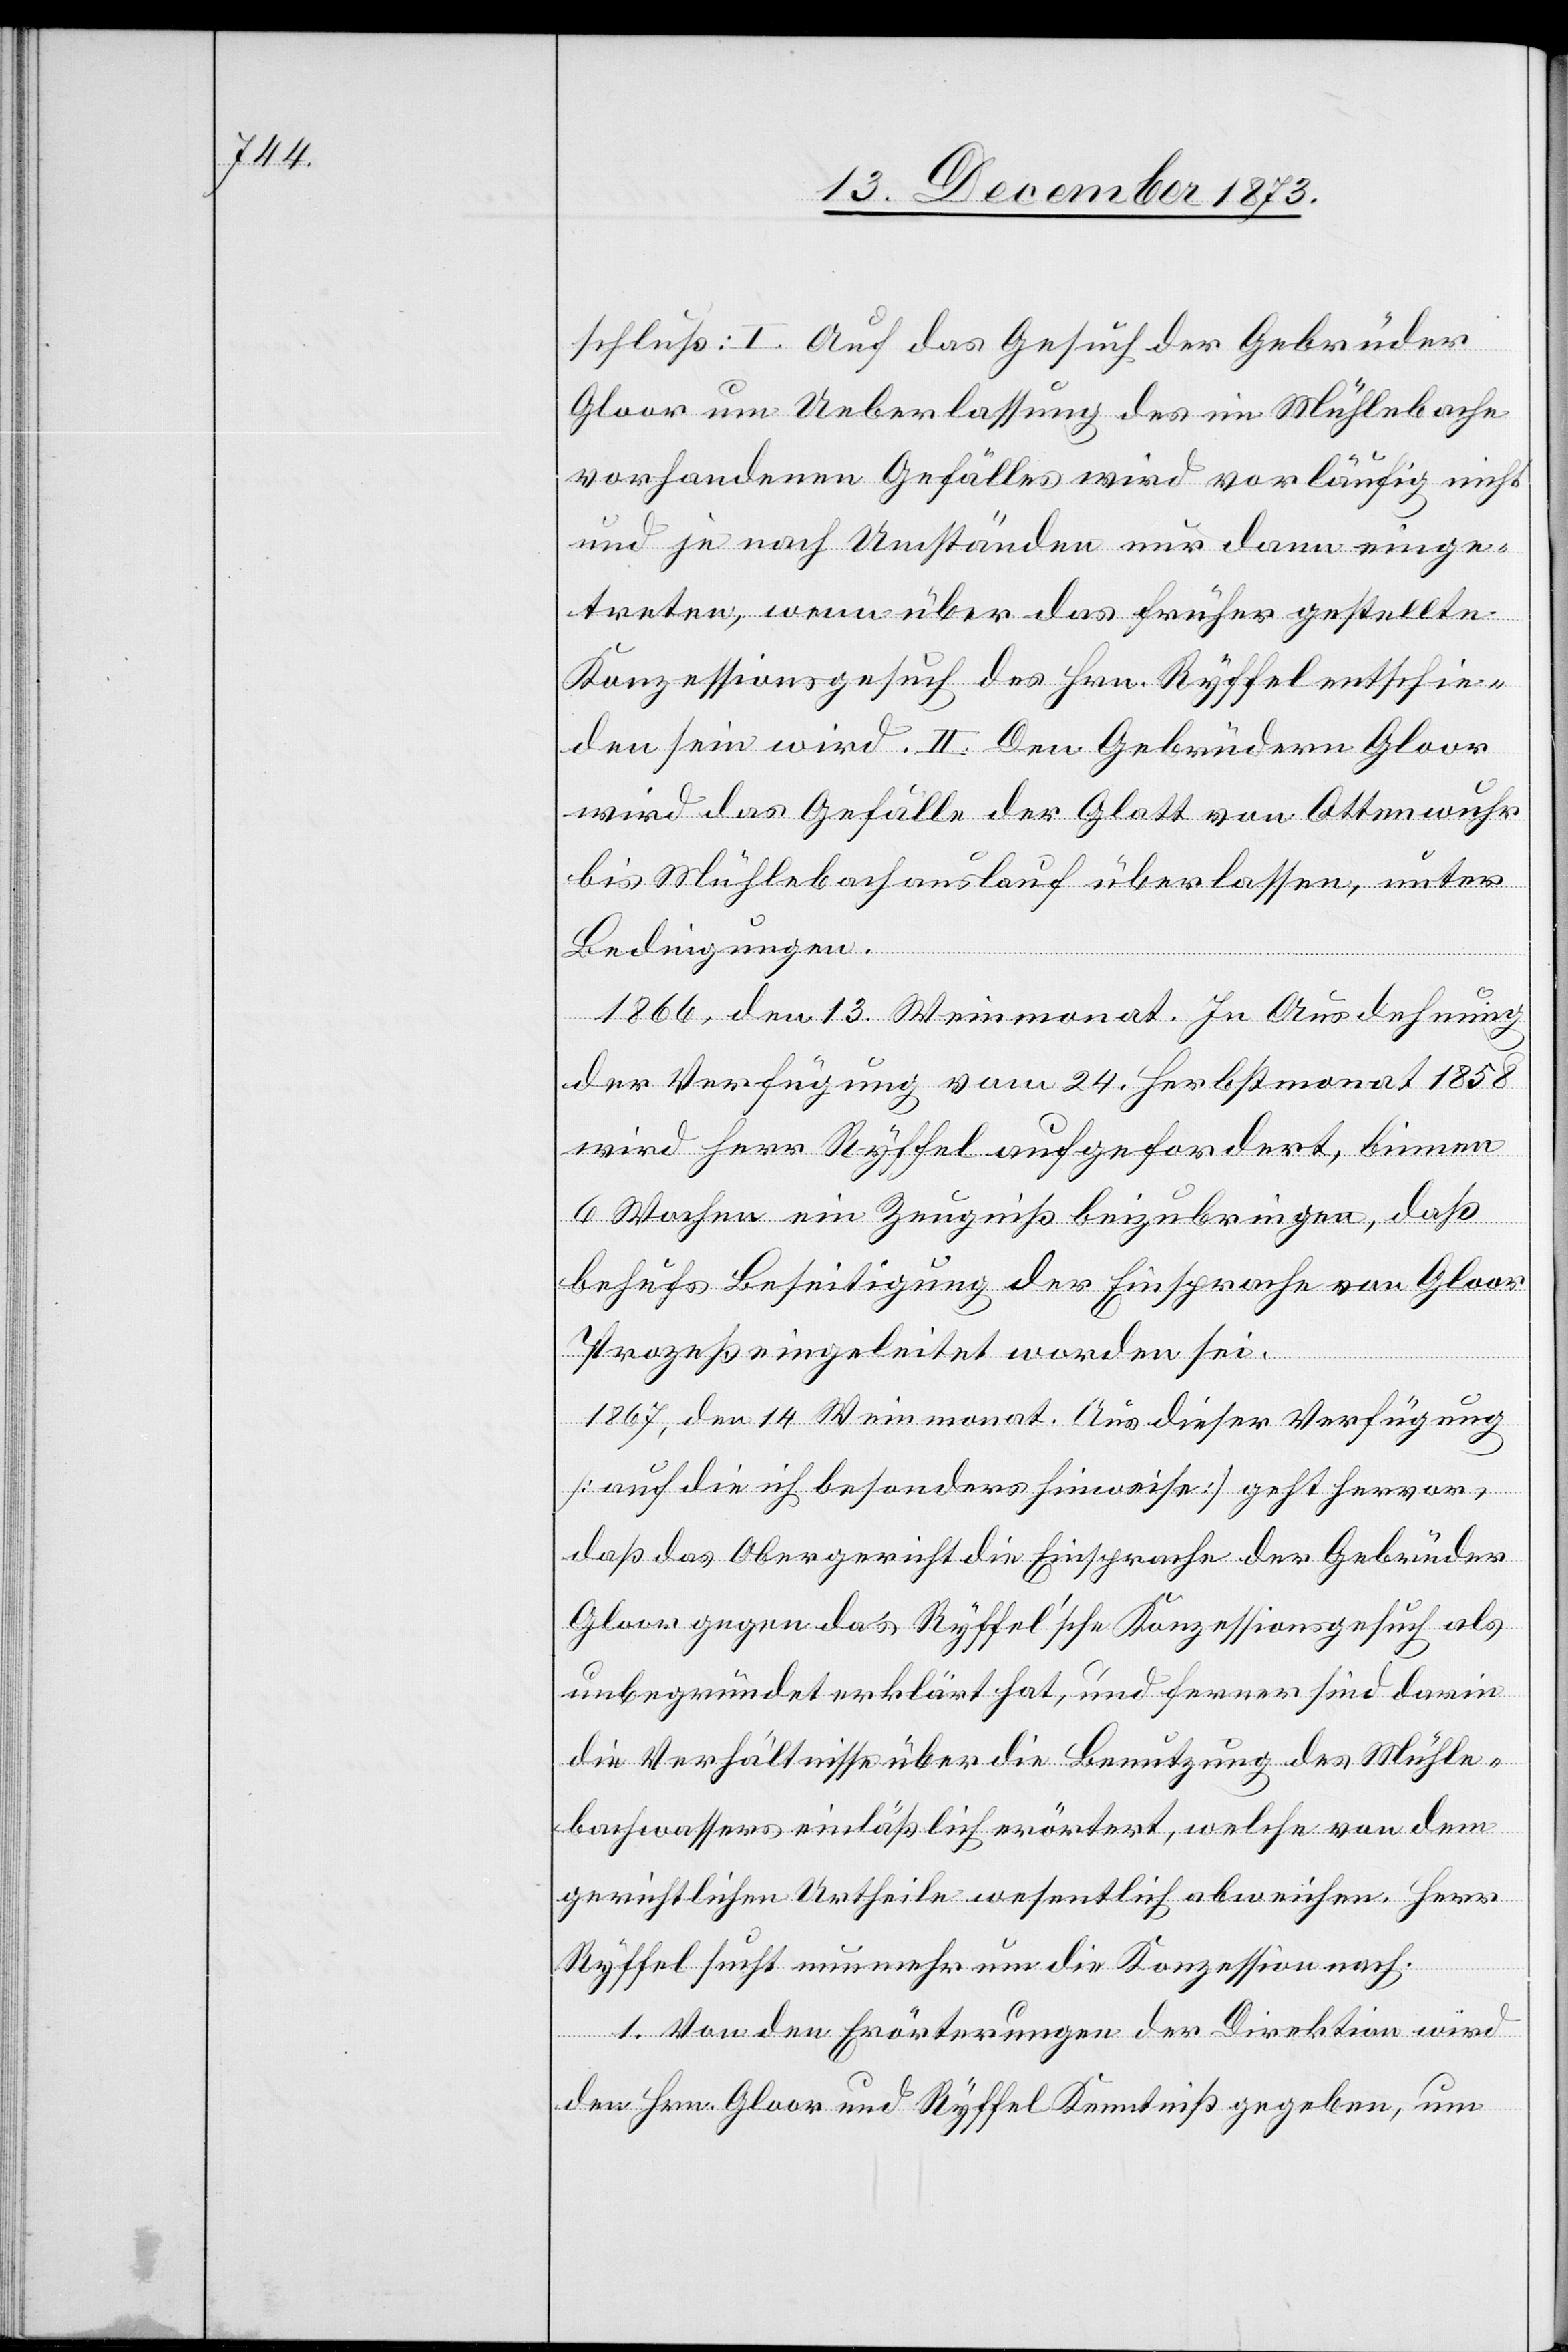
schluß: I. Auf das Gesuch der Gebrüder
Gloor um Ueberlassung des im Mühlebache
vorhandenen Gefälles wird vorläufig nicht
und je nach Umständen nur dann einge¬
treten, wenn über das früher gestellte
Konzessionsgesuch des Hrn. Ryffel entschie¬
den sein wird. II. Den Gebrüdern Gloor
wird das Gefälle der Glatt von Ottenwuhr
bis Mühlebachauslauf überlassen, unter
Bedingungen.
1866, den 13. Weinmonat. In Ausdehnung
der Verfügung vom 24. Herbstmonat 1858
wird Herr Ryffel aufgefordert, binnen
6 Wochen ein Zeugniß beizubringen, daß
behufs Beseitigung der Einsprache von Gloor
Prozeß eingeleitet worden sei.
1867, den 14 Weinmonat. Aus dieser Verfügung
[auf die ich besonders hinweise] geht hervor,
daß das Obergericht die Einsprache der Gebrüder
Gloor gegen das Ryffel’sche Konzessionsgesuch als
unbegründet erklärt hat, und ferner sind darin
die Verhältnisse über die Benutzung des Mühle¬
bachwassers einläßlich erörtert, welche von dem
gerichtlichen Urtheile wesentlich abweichen. Herr
Ryffel sucht nunmehr um die Konzession nach.
1. Von den Erörterungen der Direktion wird
den Hrn. Gloor und Ryffel Kenntniß gegeben, um